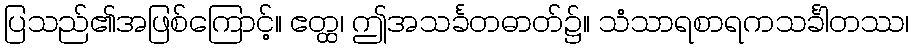
ပြသည်၏အဖြစ်ကြောင့်။ ဧတ္ထ၊ ဤအသင်္ခတဓာတ်၌။ သံသာရစာရကသင်္ခါတဿ၊